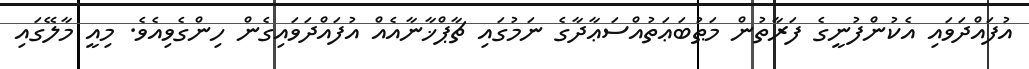
އުފައްދަވައި އެކުންފުނީގެ ފަރާތުން މަޠުބަޢަތުއްސަޢާދާގެ ނަމުގައި ޗާޕްޚާނާއެއް އުފައްދަވައިގެން ހިންގެވިއެވެ. މިއީ މާލޭގައި